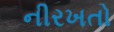
નીરખતો